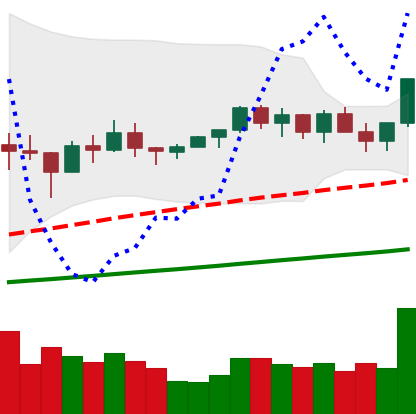
Ticker: NEO-USD
Chart end date: 2021-03-17
Forward return: -11.031%
Label: down_7plus